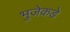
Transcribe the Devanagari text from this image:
भुजेकडे